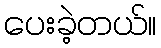
ပေးခဲ့တယ်။